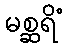
မစ္ဆရိံ